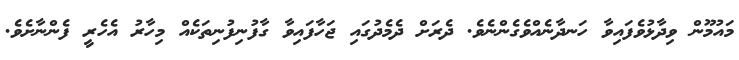
މައުމޫން ވިދާޅުވެފައިވާ ހަނދާނެއްވެގެންނެވެ. ދެރަށް ދެމެދުގައި ޖަހާފައިވާ ގާފުނިފުނިތަކެއް މިހާރު އެހެރީ ފެންނާށެވެ.